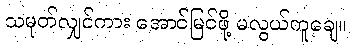
သမုတ်လျှင်ကား အောင်မြင်ဖို့ မလွယ်ကူချေ။